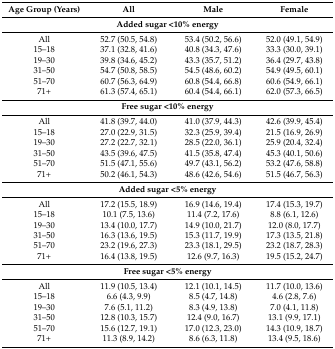
<table><thead><tr><td><b>Age Group (Years)</b></td><td><b>All</b></td><td><b>Male</b></td><td><b>Female</b></td></tr></thead><tbody><tr><td colspan="4"><b>Added sugar &lt;10% energy</b></td></tr><tr><td>All</td><td>52.7 (50.5, 54.8)</td><td>53.4 (50.2, 56.6)</td><td>52.0 (49.1, 54.9)</td></tr><tr><td>15–18</td><td>37.1 (32.8, 41.6)</td><td>40.8 (34.3, 47.6)</td><td>33.3 (30.0, 39.1)</td></tr><tr><td>19–30</td><td>39.8 (34.6, 45.2)</td><td>43.3 (35.7, 51.2)</td><td>36.4 (29.7, 43.8)</td></tr><tr><td>31–50</td><td>54.7 (50.8, 58.5)</td><td>54.5 (48.6, 60.2)</td><td>54.9 (49.5, 60.1)</td></tr><tr><td>51–70</td><td>60.7 (56.3, 64.9)</td><td>60.8 (54.4, 66.8)</td><td>60.6 (54.9, 66.1)</td></tr><tr><td>71+</td><td>61.3 (57.4, 65.1)</td><td>60.4 (54.4, 66.1)</td><td>62.0 (57.3, 66.5)</td></tr><tr><td colspan="4"><b>Free sugar &lt;10% energy</b></td></tr><tr><td>All</td><td>41.8 (39.7, 44.0)</td><td>41.0 (37.9, 44.3)</td><td>42.6 (39.9, 45.4)</td></tr><tr><td>15–18</td><td>27.0 (22.9, 31.5)</td><td>32.3 (25.9, 39.4)</td><td>21.5 (16.9, 26.9)</td></tr><tr><td>19–30</td><td>27.2 (22.7, 32.1)</td><td>28.5 (22.0, 36.1)</td><td>25.9 (20.4, 32.4)</td></tr><tr><td>31–50</td><td>43.5 (39.6, 47.5)</td><td>41.5 (35.8, 47.4)</td><td>45.3 (40.1, 50.6)</td></tr><tr><td>51–70</td><td>51.5 (47.1, 55.6)</td><td>49.7 (43.1, 56.2)</td><td>53.2 (47.6, 58.8)</td></tr><tr><td>71+</td><td>50.2 (46.1, 54.3)</td><td>48.6 (42.6, 54.6)</td><td>51.5 (46.7, 56.3)</td></tr><tr><td colspan="4"><b>Added sugar &lt;5% energy</b></td></tr><tr><td>All</td><td>17.2 (15.5, 18.9)</td><td>16.9 (14.6, 19.4)</td><td>17.4 (15.3, 19.7)</td></tr><tr><td>15–18</td><td>10.1 (7.5, 13.6)</td><td>11.4 (7.2, 17.6)</td><td>8.8 (6.1, 12.6)</td></tr><tr><td>19–30</td><td>13.4 (10.0, 17.7)</td><td>14.9 (10.0, 21.7)</td><td>12.0 (8.0, 17.7)</td></tr><tr><td>31–50</td><td>16.3 (13.6, 19.5)</td><td>15.3 (11.7, 19.9)</td><td>17.3 (13.5, 21.8)</td></tr><tr><td>51–70</td><td>23.2 (19.6, 27.3)</td><td>23.3 (18.1, 29.5)</td><td>23.2 (18.7, 28.3)</td></tr><tr><td>71+</td><td>16.4 (13.8, 19.5)</td><td>12.6 (9.7, 16.3)</td><td>19.5 (15.2, 24.7)</td></tr><tr><td colspan="4"><b>Free sugar &lt;5% energy</b></td></tr><tr><td>All</td><td>11.9 (10.5, 13.4)</td><td>12.1 (10.1, 14.5)</td><td>11.7 (10.0, 13.6)</td></tr><tr><td>15–18</td><td>6.6 (4.3, 9.9)</td><td>8.5 (4.7, 14.8)</td><td>4.6 (2.8, 7.6)</td></tr><tr><td>19–30</td><td>7.6 (5.1, 11.2)</td><td>8.3 (4.9, 13.8)</td><td>7.0 (4.1, 11.8)</td></tr><tr><td>31–50</td><td>12.8 (10.3, 15.7)</td><td>12.4 (9.0, 16.7)</td><td>13.1 (9.9, 17.1)</td></tr><tr><td>51–70</td><td>15.6 (12.7, 19.1)</td><td>17.0 (12.3, 23.0)</td><td>14.3 (10.9, 18.7)</td></tr><tr><td>71+</td><td>11.3 (8.9, 14.2)</td><td>8.6 (6.3, 11.8)</td><td>13.4 (9.5, 18.6)</td></tr></tbody></table>